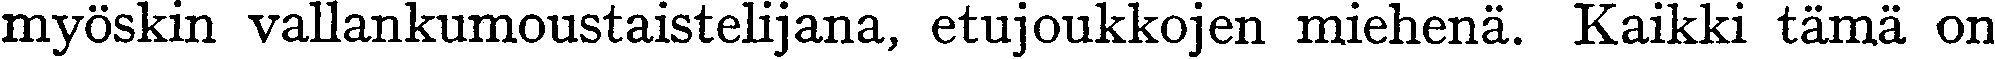
myöskin vallankumoustaistelijana, etujoukkojen miehenä. Kaikki tämä on